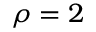
\rho = 2